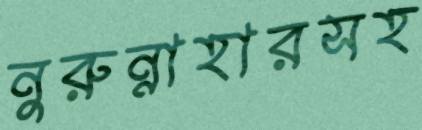
নুরুন্নাহারসহ